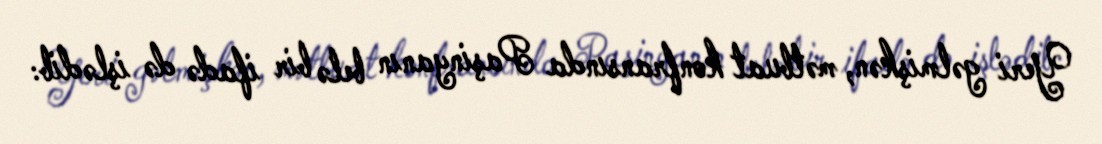
Yeri gəlmişkən, mətbuat konfransında Paşinyanın belə bir ifadə də işlədib: